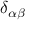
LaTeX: \delta _ { \alpha \beta }